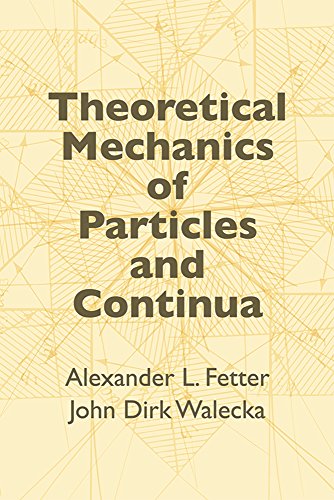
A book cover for Theoretical Mechanics of Particles and Continua (Dover Books on Physics); Alexander L. Fetter; Science & Math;